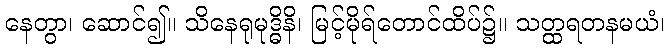
နေတွာ၊ ဆောင်၍။ သိနေရုမုဒ္ဓိနိ၊ မြင့်မိုရ်တောင်ထိပ်၌။ သတ္ထရတနမယံ၊